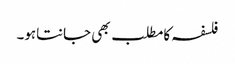
فلسفہ کامطلب بھی جانتاہو۔